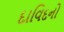
દાવિદનો